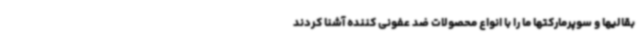
بقالیها و سوپرمارکتها ما را با انواع محصولات ضد عفونی کننده آشنا کردند